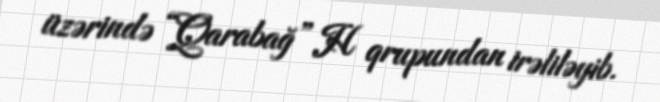
üzərində “Qarabağ” H qrupundan irəliləyib.